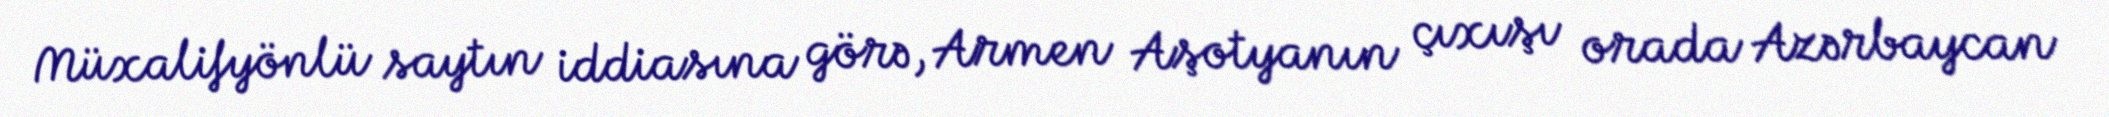
Müxalifyönlü saytın iddiasına görə, Armen Aşotyanın çıxışı orada Azərbaycan